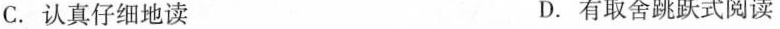
C. 认真仔细地读 D. 有取舍跳跃式阅读